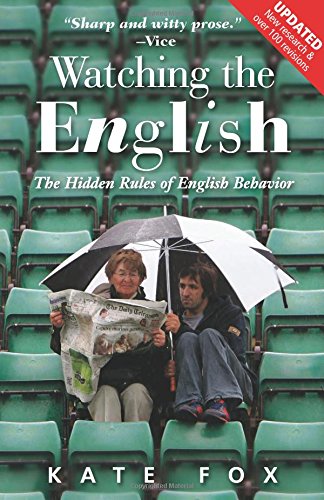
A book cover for Watching the English, Second Edition: The Hidden Rules of English Behavior Revised and Updated; Kate Fox; Politics & Social Sciences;